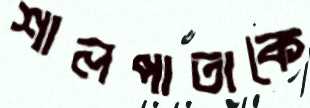
শালপাতাকে